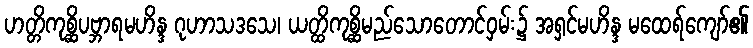
ဟတ္တိကုစ္ဆိပဗ္ဘာရမဟိန္ဒ ဂုဟာသဒသေ၊ ယတ္ထိကုစ္ဆိမည်သောတောင်ဝှမ်း၌ အရှင်မဟိန္ဒ မထေရ်ကျော်၏